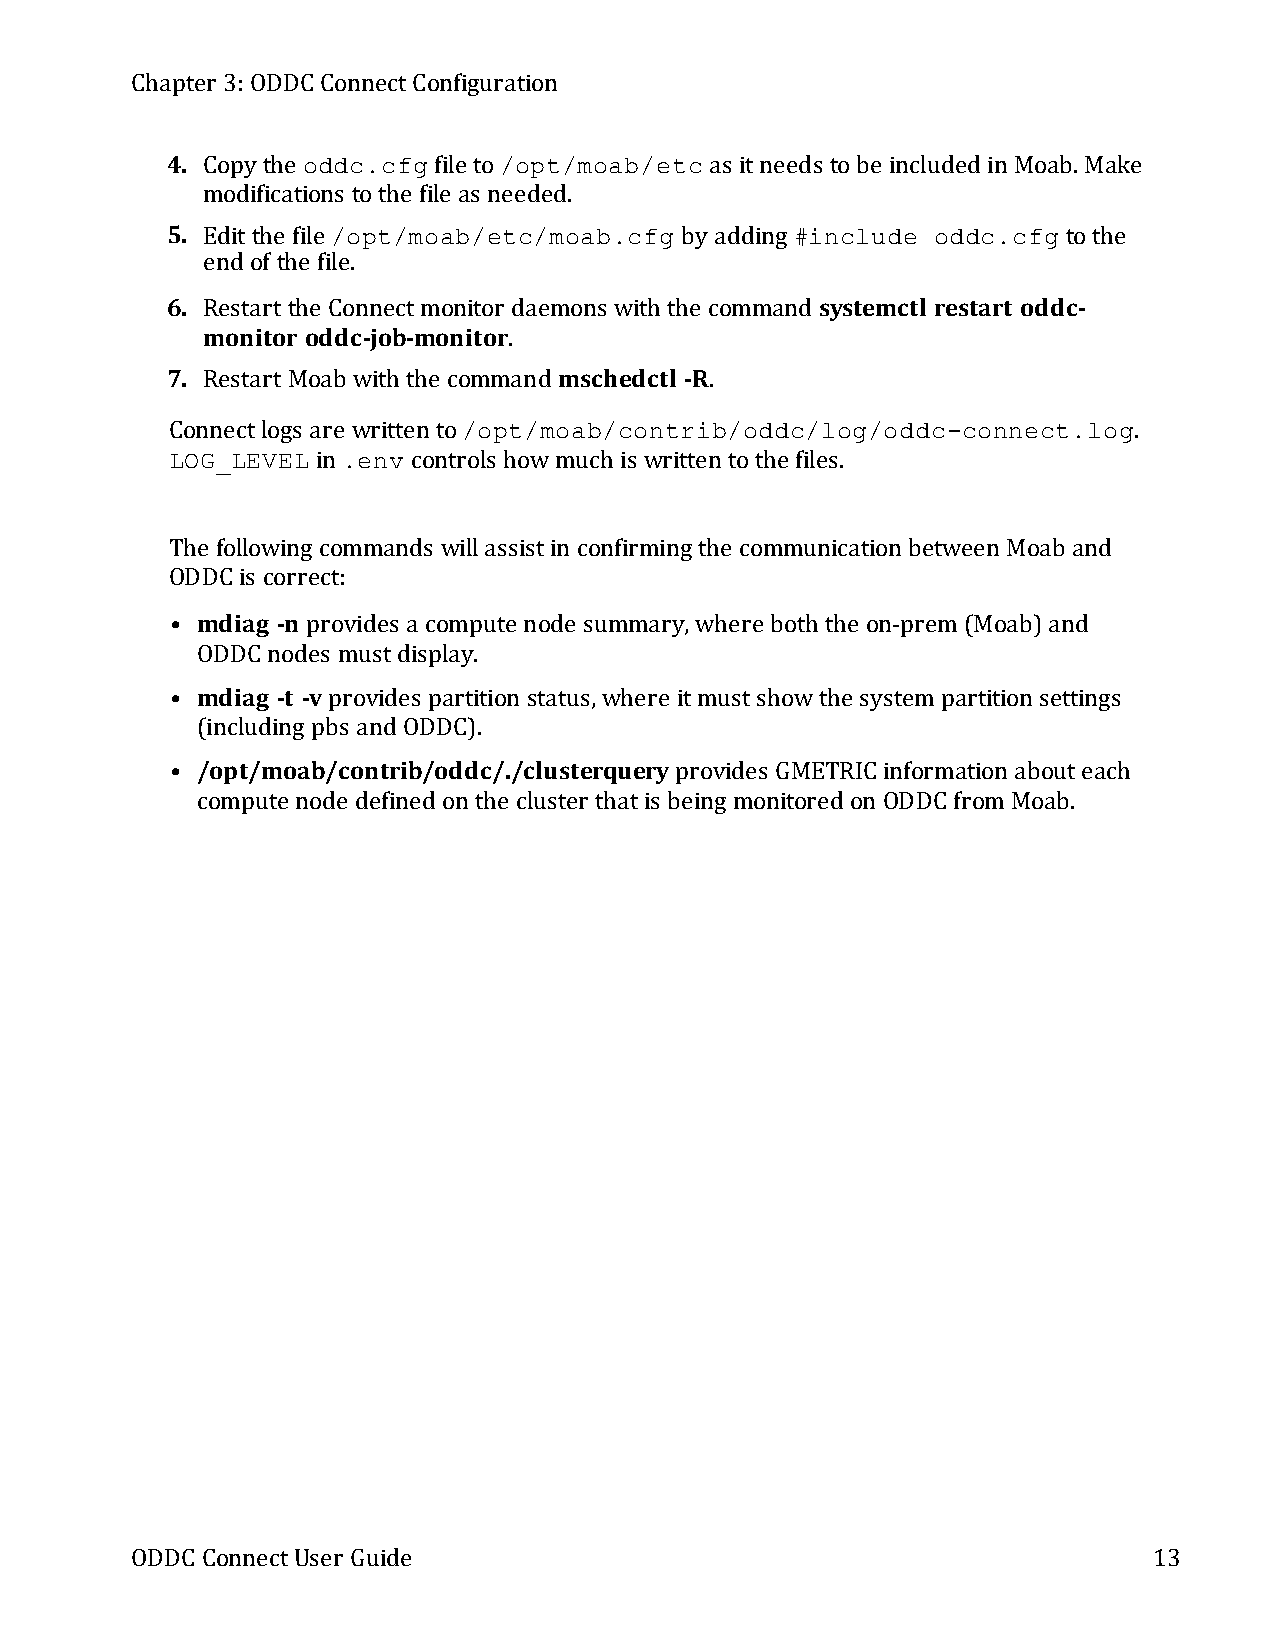
Chapter 3:ODDC ConnectConfiguration
 4. Copythe oddc.cfg file to/opt/moab/etc as itneeds tobe included in Moab.Make
 modifications tothe file as needed.
 5. Editthe file /opt/moab/etc/moab.cfg byadding #include oddc.cfg tothe
 end of the file.
 6. Restartthe Connectmonitor daemons with the command systemctl restart oddc-
 monitor oddc-job-monitor.
 7. RestartMoab with the command mschedctl -R.
 Connectlogs are written to/opt/moab/contrib/oddc/log/oddc-connect.log.
 LOG_LEVEL in .env controls howmuch is written tothe files.
 The following commands willassistin confirming the communication between Moab and
 ODDC is correct:
 • mdiag -n provides a compute node summary,where both the on-prem(Moab)and
 ODDC nodes mustdisplay.
 • mdiag -t -vprovides partition status,where itmustshowthe systempartition settings
 (including pbs and ODDC).
 • /opt/moab/contrib/oddc/./clusterqueryprovides GMETRIC information abouteach
 compute node defined on the cluster thatis being monitored on ODDC fromMoab.
 ODDC ConnectUser Guide                                             13